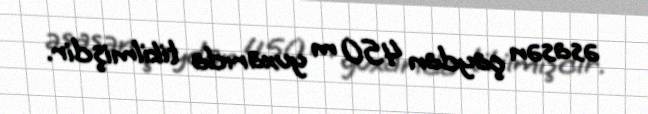
əsasən çaydan 450 m yuxarıda tikilmişdir.